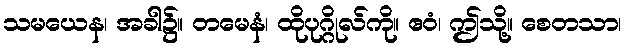
သမယေန၊ အခါ၌။ တမေနံ၊ ထိုပုဂ္ဂိုလ်ကို။ ဧဝံ၊ ဤသို့။ စေတသာ၊